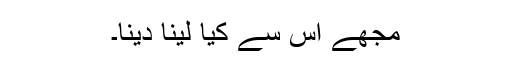
مجھے اس سے کیا لینا دینا۔